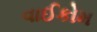
વાઈકોમ